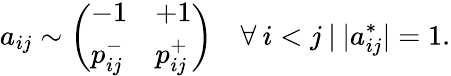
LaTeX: a_{ij}\sim\left(\begin{array}{ll}{-1}&{+1}\\ {p_{ij}^{-}}&{p_{ij}^{+}}\end{array}\right)\quad\forall\: i<j\: |\: |a_{ij}^{*}|=1.